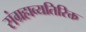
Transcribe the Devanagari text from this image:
संग्रहाव्यतिरिक्त